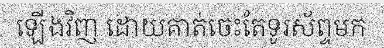
ឡើងវិញ ដោយគាត់ចេះតែទូរស័ព្ទមក